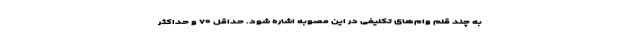
به چند قلم وام‌های تکلیفی در این مصوبه اشاره شود. حداقل ۷۰ و حداکثر